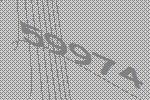
59974